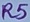
Text: R5